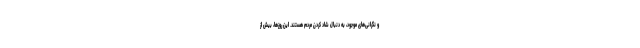
و نگرانی‌های موجود، به دنبال شاد کردن مردم هستند. این روزها، بیش از